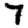
Digit: 7